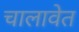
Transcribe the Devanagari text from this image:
चालावेत